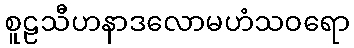
စူဠသီဟနာဒလောမဟံသဝရော